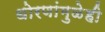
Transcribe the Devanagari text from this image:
धोरणांमुळेही